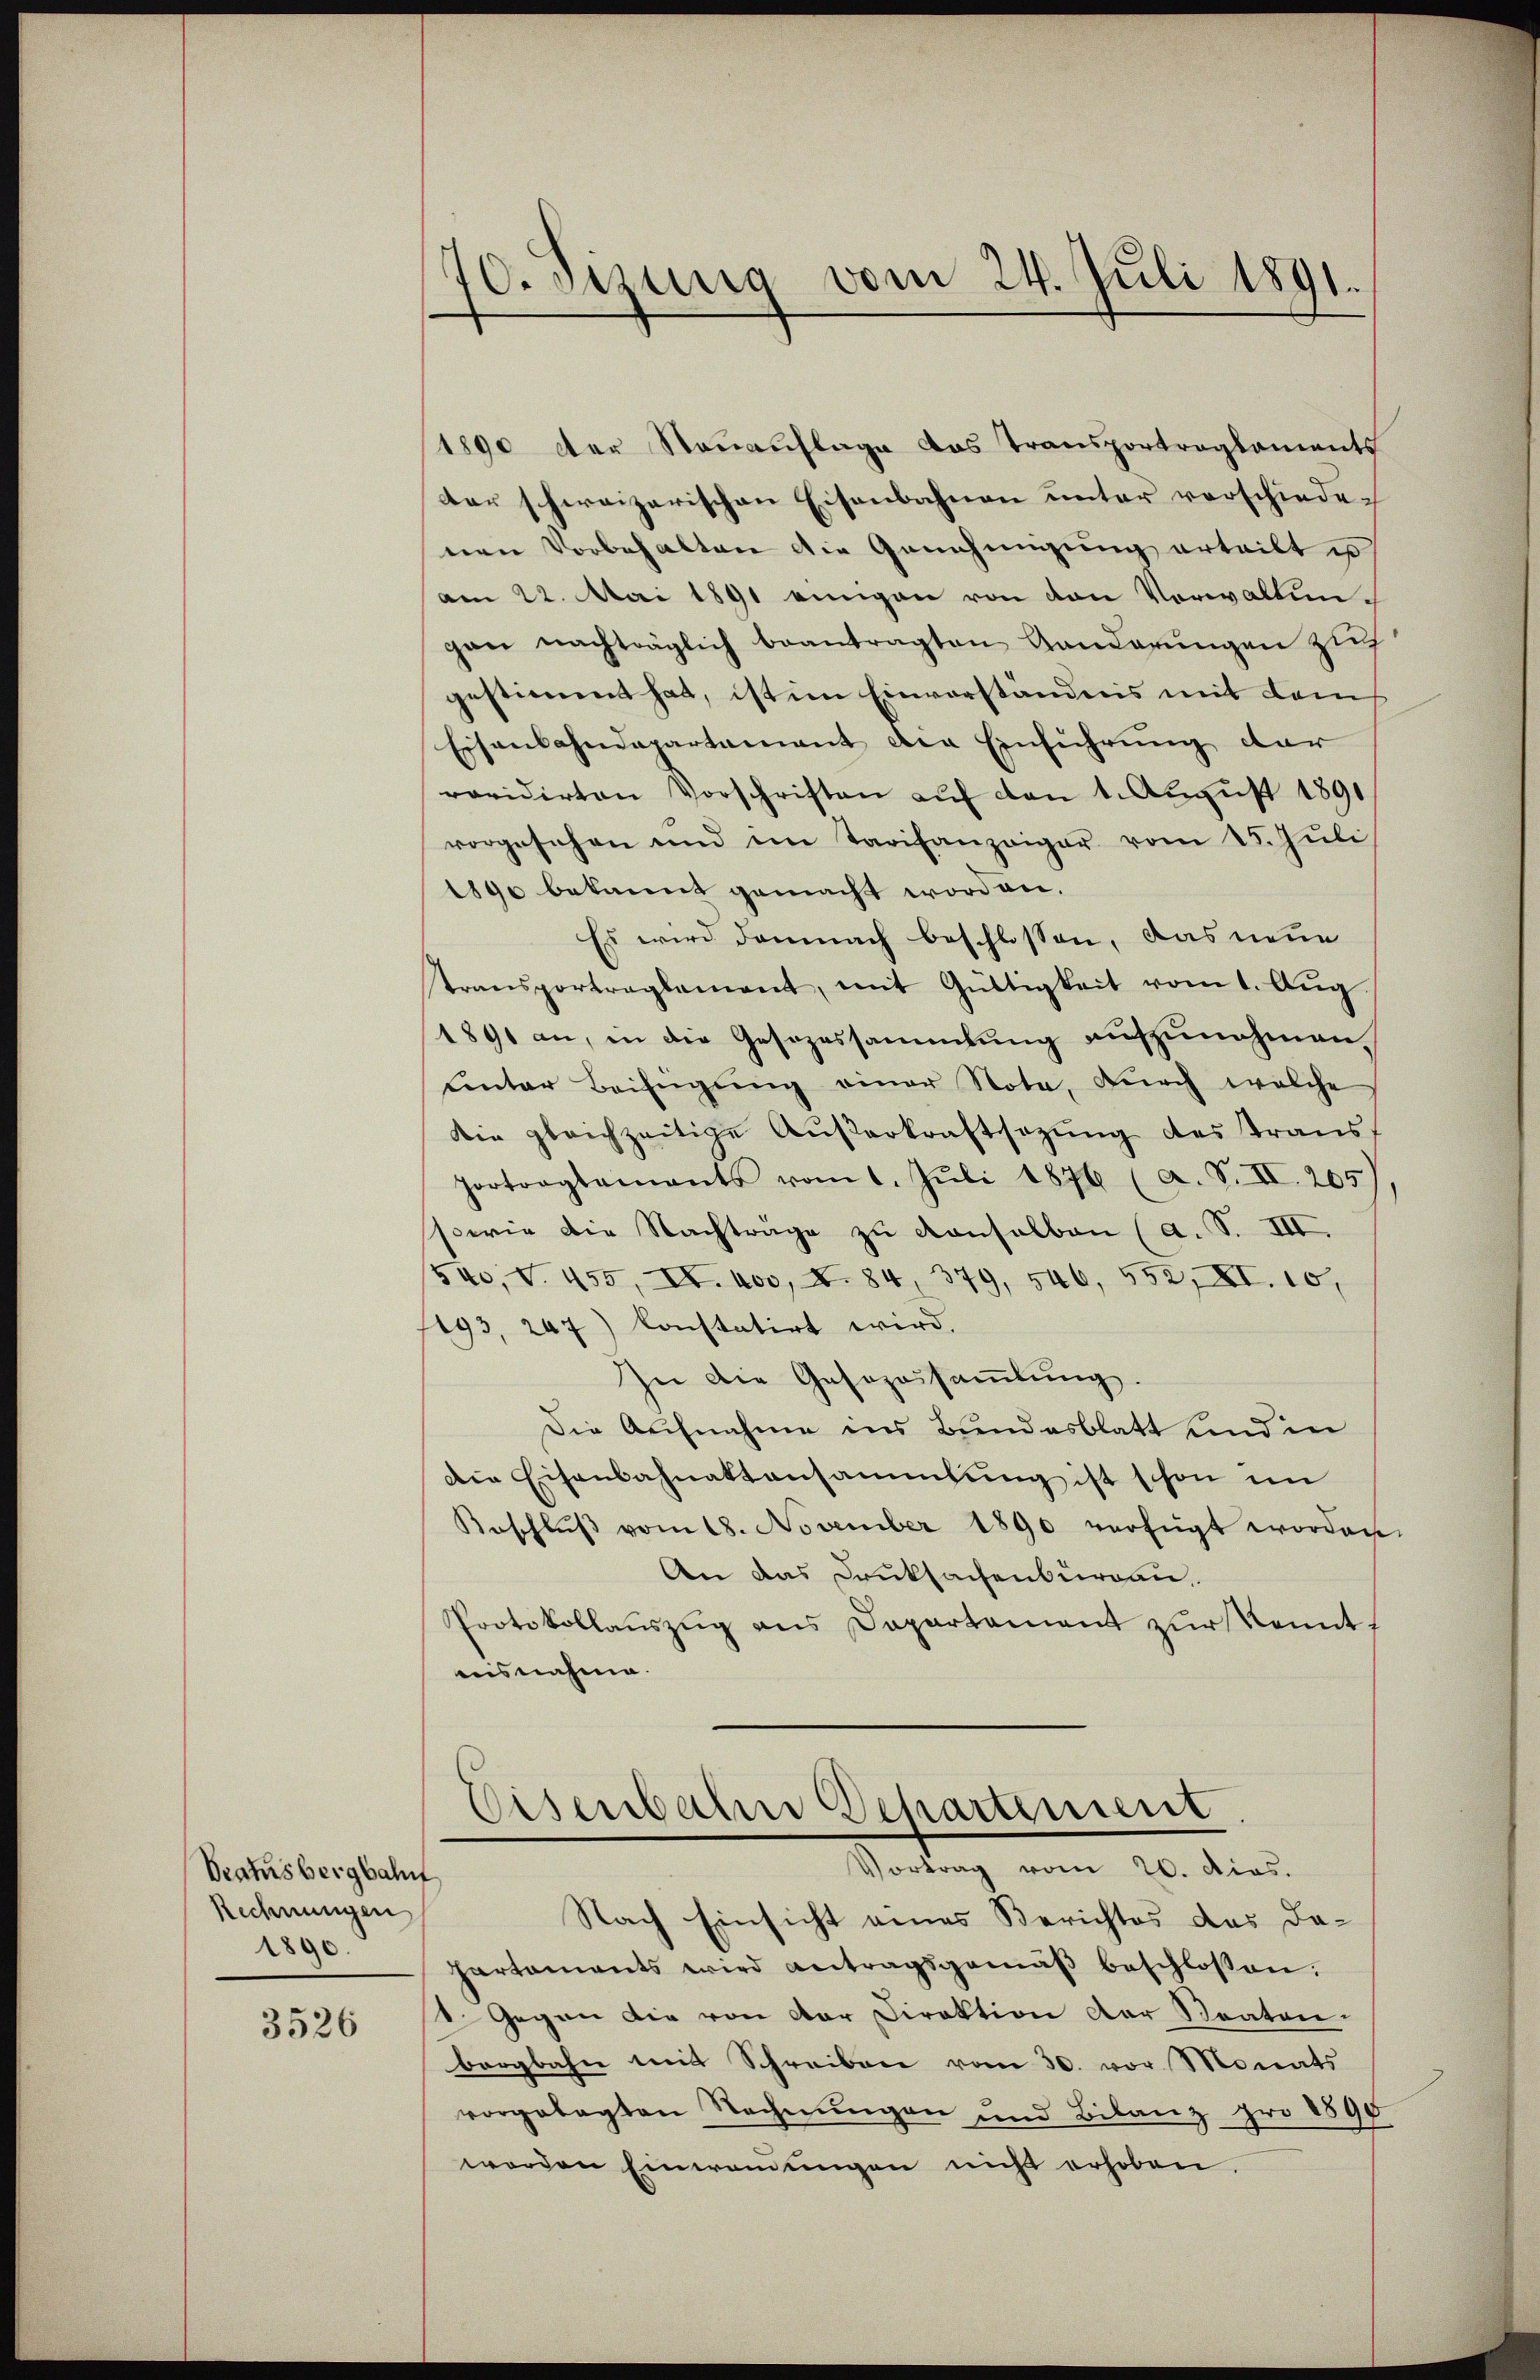
Bratsbergbahn
Rechnungen
1890

3526

70. Sizung vom 24. Juli 1891.

1890 der Stauauflage das Transportreglements
der schweizerischen Eisenbahnen unter vorschiedenen Vorbehalten die Genehmigung erteilt es
am 22. Mai 1891 eingen von den Vorwaltungan nachträglich beantragten Ganderungen zuh
gestimmt hat, ist im Einverständnis mit dem
Eisenbahndepartamant der Einführung der
revidirten Vorschriften aŭf den 1. Aŭgŭst 1891
vorgesehen und im Tarifanzeiger vom 15. Juli
1890 bekannt gemacht worden.
Es wird demnach beschlossen, das neue
Ptransportreglement, mit Gültigkeit vom 1. Aŭg
1891 an, in die Gesezessammlung aufzunehmen.
ŭnter Beifügŭng einer Nota, dŭrch welche
Die gleichzeitige Aŭβerkraftsazŭng des Trans,
Portragtamants vom 1. Jŭli 1876 (a. S. II. 205
sowie die Nachtrage zu denselben (a. S. III.
/540, V. 455, II. 400, X. 84 379, 546, 552, XI. 10.
193, 247) konstatirt wird.
In die Gesezesaṁlŭng.
Die Aufnahme ins Bundesblatt und in
die Eisenbahnaktansammlung ist schon im
Beschlŭβ vom 18. November 1890 verfügt worden
An das Druksachenbureau.
Protokollaŭszŭg ans Departament zŭr Kenntaisnahme.
Eisenbahn Departement
Vortrag vom 20. dies.
Nach Einsicht eines Berichtes das Dapartaments wird antragsgemäβ beschlossen.
1. Gegen die von der Direktion der Staaten.
bergbahn mit Schreiben vom 30. vor Monats
vorgelegten Rechnungen und Bilanz pro 1890
werden Einwommungen nicht erhoben.

.